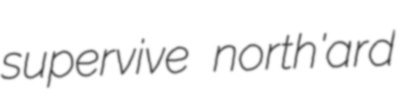
supervive north'ard